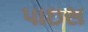
પાઇસ